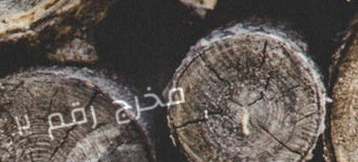
مخرج رقم ٢